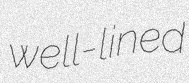
well-lined